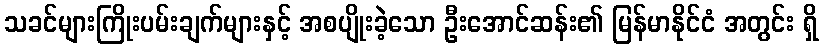
သခင်များကြိုးပမ်းချက်များနှင့် အစပျိုးခဲ့သော ဦးအောင်ဆန်း၏ မြန်မာနိုင်ငံ အတွင်း ရှိ